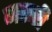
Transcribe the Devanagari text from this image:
मरूरी